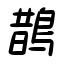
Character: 鵲